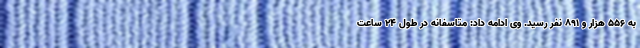
به ۵۵۶ هزار و ۸۹۱ نفر رسید. وی ادامه داد: متاسفانه در طول ۲۴ ساعت